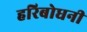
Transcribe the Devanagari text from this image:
हरिबोधनी